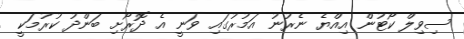
ސިވިލް ކޯޓުން އިއްޔެ ނެރުނު އަމުރުގައި ވަނީ އެ ދޮރޯށި ބަންދު ކުރުމަކީ